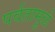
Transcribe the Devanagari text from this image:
पर्वतामूळे